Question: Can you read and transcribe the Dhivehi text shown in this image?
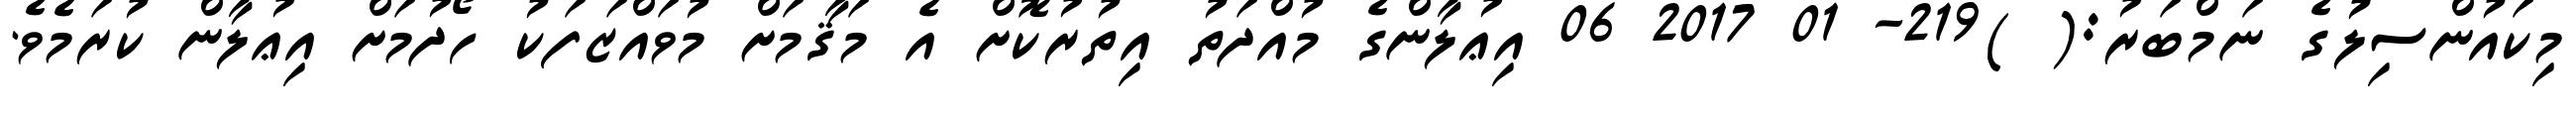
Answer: މިކައުންސިލުގެ ނަމްބަރު:( )219- 01 2017 06 އިޢުލާންގެ މުއްދަތު އިތުރުކޮށް އެ މަޤާމަށް މުވައްޒަފަކު ހޯދުމަށް އިޢުލާން ކުރަމެވެ.